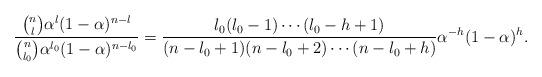
LaTeX: \begin{align*}\frac{\binom nl \alpha^l (1-\alpha)^{n-l}}{\binom n{l_0} \alpha^{l_0} (1-\alpha)^{n-l_0}}=\frac{l_0(l_0-1)\cdots (l_0-h+1)}{(n-l_0+1)(n-l_0+2)\cdots (n-l_0+h)}\alpha^{-h}(1-\alpha)^{h}.\end{align*}